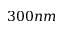
3 0 0 n m